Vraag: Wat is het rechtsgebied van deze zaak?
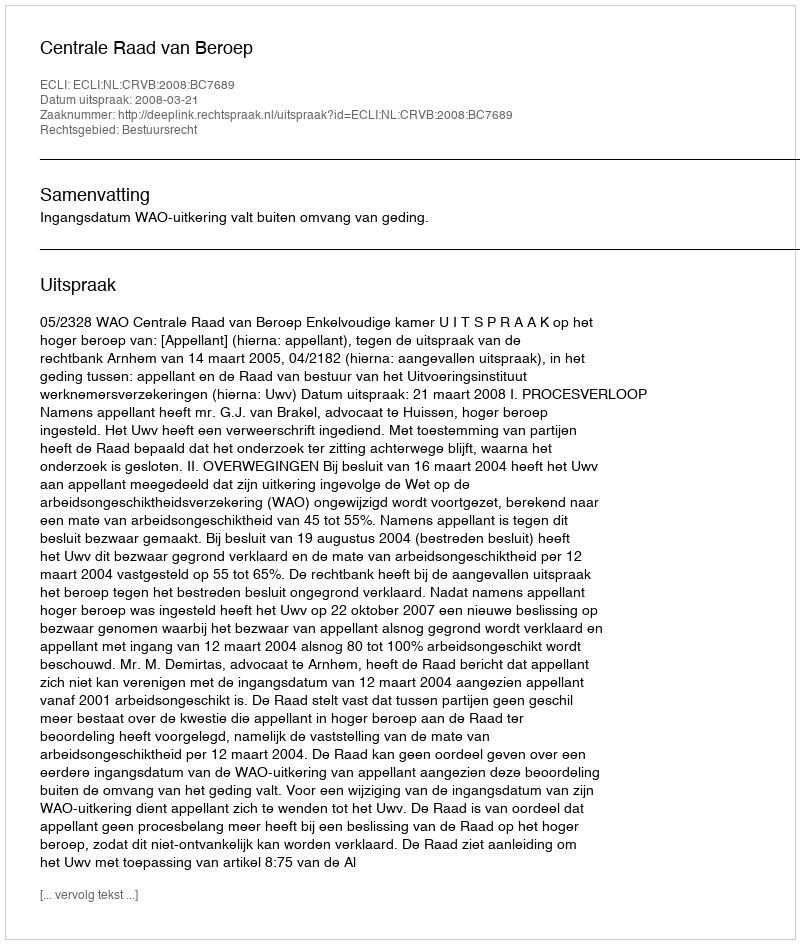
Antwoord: Bestuursrecht